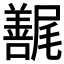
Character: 𰎇